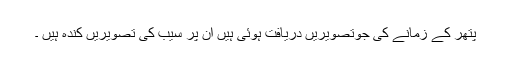
پتھر کے زمانے کی جوتصویریں دریافت ہوئی ہیں ان پر سیب کی تصویریں کندہ ہیں ۔